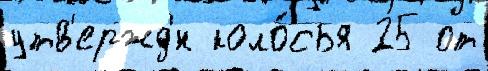
утв'ержд'́н коло́сья 25 от